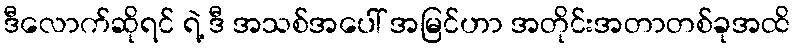
ဒီလောက်ဆိုရင် ရဲ့ ဒီ အသစ်အပေါ် အမြင်ဟာ အတိုင်းအတာတစ်ခုအထိ